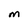
Character: m